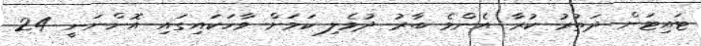
ޓައިޓަން ދަތުރު ކުރާ އެންމެ ބާރު ދުވެލި ކަމަށް ވާހަކައިގައި އޮންނަނީ 24